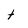
Character: t